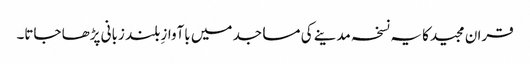
قران مجیدکا یہ نسخہ مدینے کی مساجد میں باآوازِ بلند زبانی پڑھا جاتا۔